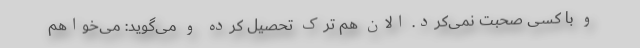
و با کسی صحبت نمی‌کرد. الان هم ترک تحصیل کرده و می‌گوید: می‌خواهم